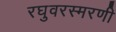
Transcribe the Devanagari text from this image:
रघुवरस्मरणी